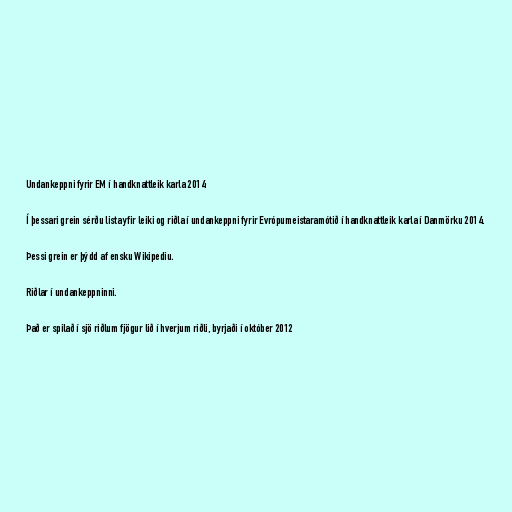
Undankeppni fyrir EM í handknattleik karla 2014

Í þessari grein sérðu lista yfir leiki og riðla í undankeppni fyrir Evrópumeistaramótið í handknattleik karla í Danmörku 2014.

Þessi grein er þýdd af ensku Wikipediu.

Riðlar í undankeppninni.

Það er spilað í sjö riðlum fjögur lið í hverjum riðli, byrjaði í október 2012